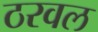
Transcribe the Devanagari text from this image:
ठरवल